Indian journal of veterinary science and animal husbandry - Volumes 26-27, 1956-1957
Year: 1956
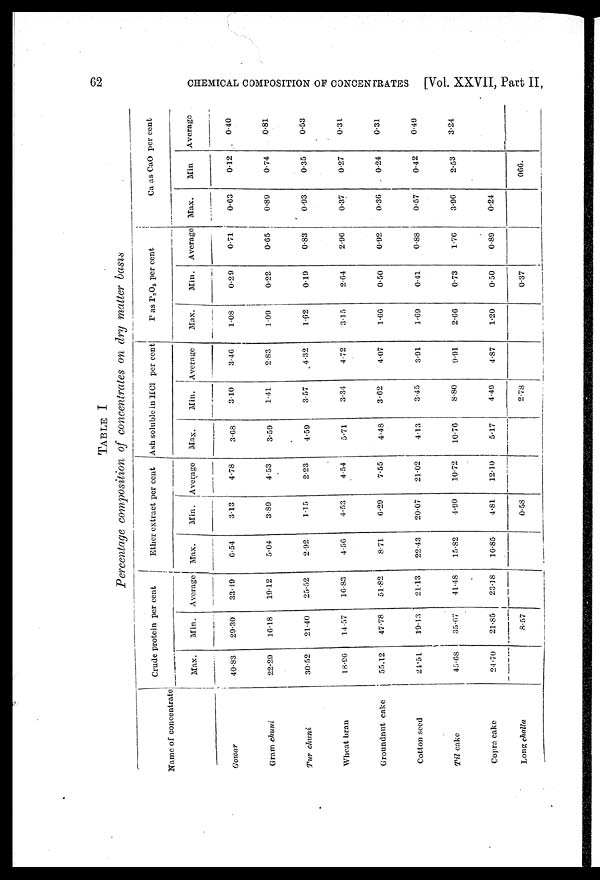
62
CHEMICAL COMPOSITION OF CONCENTRATES [Vol. XXVII, Part II,
TABLE I
Percentage composition of concentrates on dry matter basis
Name of concentrate
Gowar
Gram chuni
Tur
chuni
Wheat bran
Groundnut cake
Cotton seed
Til cake
Copra cake
Long challa
Crude protein per cent
Max.
40.83
22.29
30.52
18.96
55.12
21.51
45.68
24.70
Min.
29.30
10.18
21.40
14.57
47.78
19.13
35.67
21.85
8.57
Average
33.19
19.12
25.52
16.83
51.82
21.13
41.48
23.18
Ether extract per cent
Max.
6.54
5.04
2.92
4.56
8.71
22.43
15.82
16.85
Min.
3.13
3.89
1.15
4.53
6.29
20.07
4.90
4.81
0.58
Average
4.78
4.53
2.23
4.54
7.55
21.02
10.72
12.10
Ash soluble in HCl per cent
Max.
3.68
3.59
4.59
5.71
4.48
4.13
10.76
5.17
Min.
3.10
1.41
3.57
3.34
3.62
3.45
8.80
4.49
2.78
Average
3.46
2.83
4.32
4.72
4.07
3.91
9.91
4.87
P as P2O5 per cent
Max.
1.08
1.09
1.62
3.15
1.66
1.69
2.66
1.20
Min.
0.29
0.22
0.19
2.64
0.50
0.41
0.73
0.50
0.37
Average
0.71
0.65
0.83
2.96
0.92
0.88
1.76
0.89
Ca as CaO per cent
Max.
0.63
0.89
0.93
0.37
0.36
0.57
3.96
0.24
Min
0.12
0.74
0.35
0.27
0.24
0.42
2.53
066.
Average
0.40
0.81
0.53
0.31
0.31
0.49
3.24